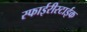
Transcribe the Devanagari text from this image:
स्फाईरीस्टाईक